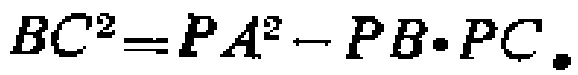
\(BC^{2}=PA^{2}-PB\cdot PC\)